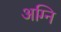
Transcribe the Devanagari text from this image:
अग्‍नि